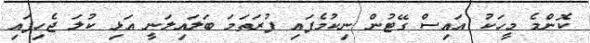
ކޮންމެ މީހަކު އައިސް ގޭޓުން ނިކުމެފައި ފުރަތަމަ ބަލައިލަނީ އަޅި ކުލަ ޖެހިފައި